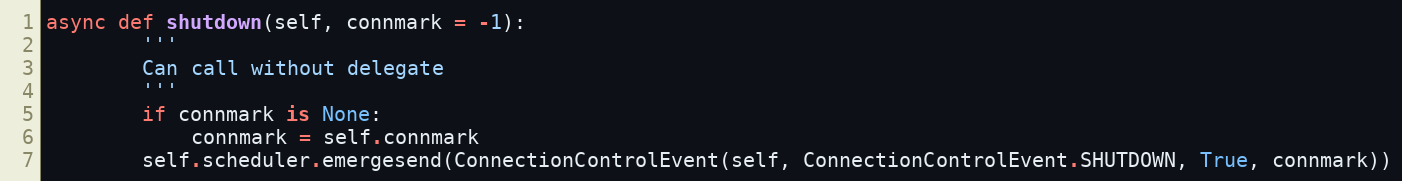
Language: Python
async def shutdown(self, connmark = -1):
        '''
        Can call without delegate
        '''
        if connmark is None:
            connmark = self.connmark
        self.scheduler.emergesend(ConnectionControlEvent(self, ConnectionControlEvent.SHUTDOWN, True, connmark))